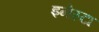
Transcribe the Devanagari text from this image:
इनेस्टा